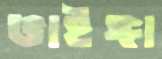
ভাইঙ্গা